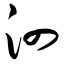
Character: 泗